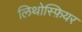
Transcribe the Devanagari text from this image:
लिथोस्फ़ियर